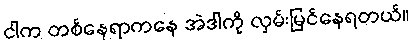
ငါက တစ်နေရာကနေ အဲဒါကို လှမ်းမြင်နေရတယ်။